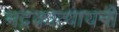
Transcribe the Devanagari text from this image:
भद्रकात्यायनी